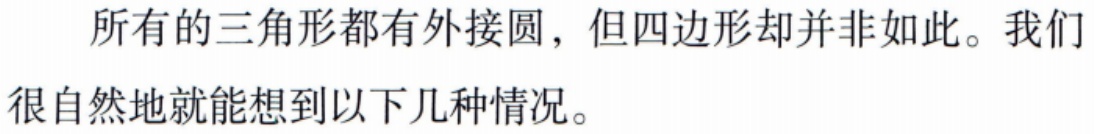
所有的三角形都有外接圆，但四边形却并非如此。我们很自然地就能想到以下几种情况。